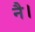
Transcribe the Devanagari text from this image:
नै।